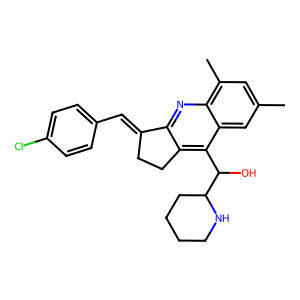
SMILES: Cc1cc(C)c2nc3c(c(C(O)C4CCCCN4)c2c1)CCC3=Cc1ccc(Cl)cc1
Inhibits HIV replication: No